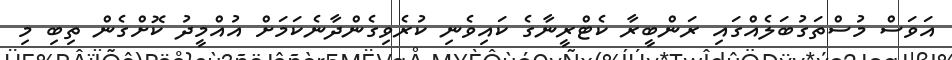
އަވަސް މުސްތަގުބަލެއްގައި ރަންބީރާ ކެޓްރީނާގެ ކައިވެނި ކުރެވިގެންދާނެކަމަށް އުއްމީދު ކޮށްގެން ތިބި މި